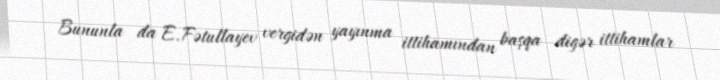
Bununla da E.Fətullayev vergidən yayınma ittihamından başqa digər ittihamlar